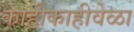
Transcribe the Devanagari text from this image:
काहीकाहीवेळा